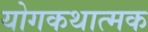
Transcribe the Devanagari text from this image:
योगकथात्मक